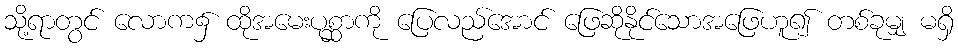
သို့ရာတွင် လောက၌ ထိုအမေးပုစ္ဆာကို ပြေလည်အောင် ဖြေဆိုနိုင်သောအဖြေဟူ၍ တစ်ခုမျှ မရှိ